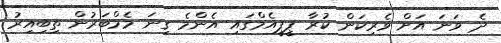
ދެ ވަނަ އަށް ވެރިކަން ކުރާ ޕީޕީއެމްގައި އެންމެ ގިނަ މެމްބަރުން ތިބިއިރު